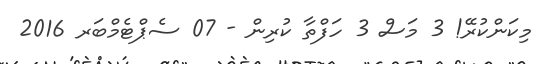
މިކަންކުރޭ! 3 މަސް 3 ހަފްތާ ކުރިން - 07 ސެޕްޓެމްބަރ 2016